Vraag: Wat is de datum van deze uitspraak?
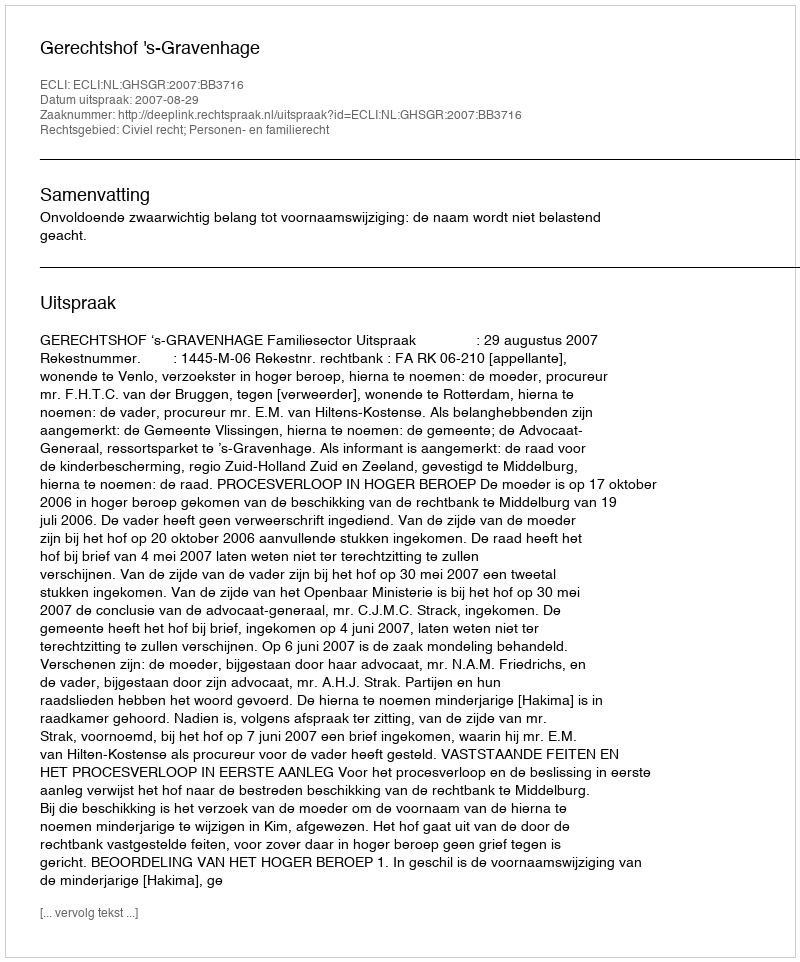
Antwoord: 2007-08-29